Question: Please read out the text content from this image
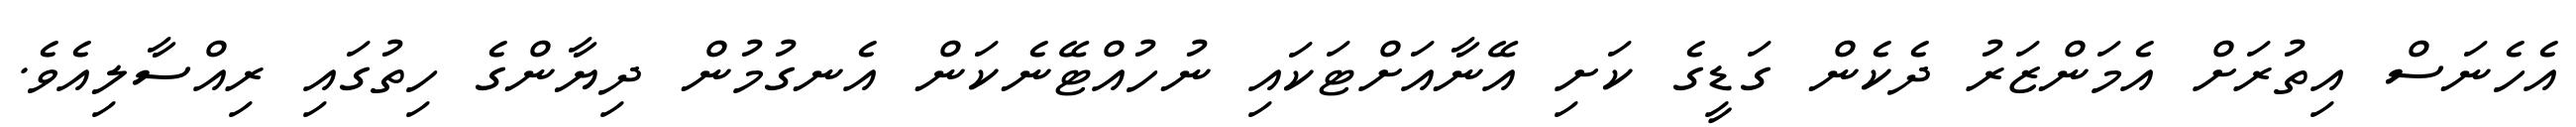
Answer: އެހެނަސް އިތުރަށް އެމަންޒަރު ދެކެން ގަޑީގެ ކަށި އޭނާއަށްޓަކައި ނުހުއްޓޭނެކަން އެނގުމުން ދިޔާންގެ ހިތުގައި ރިއްސާލިއެވެ.